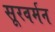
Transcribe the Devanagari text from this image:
सूरवर्मन